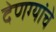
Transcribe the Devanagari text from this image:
देणग्यांचे